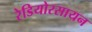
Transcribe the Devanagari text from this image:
रेडियोरसायन